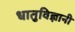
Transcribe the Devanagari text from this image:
धातुविज्ञानी